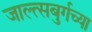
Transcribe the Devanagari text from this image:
जाल्त्सबुर्गच्या